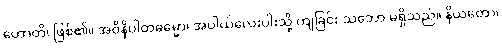
ဟောတိ၊ ဖြစ်၏။ အဝိနိပါတဓမ္မော၊ အပါယ်လေးပါးသို့ ကျခြင်း သဘော မရှိသည်။ နိယတော၊